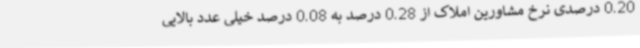
0.20 درصدی نرخ مشاورین املاک از 0.28 درصد به 0.08 درصد خیلی عدد بالایی